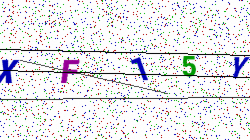
Text: XF15Y